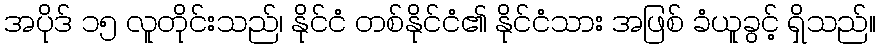
အပိုဒ် ၁၅ လူတိုင်းသည်၊ နိုင်ငံ တစ်နိုင်ငံ၏ နိုင်ငံသား အဖြစ် ခံယူခွင့် ရှိသည်။